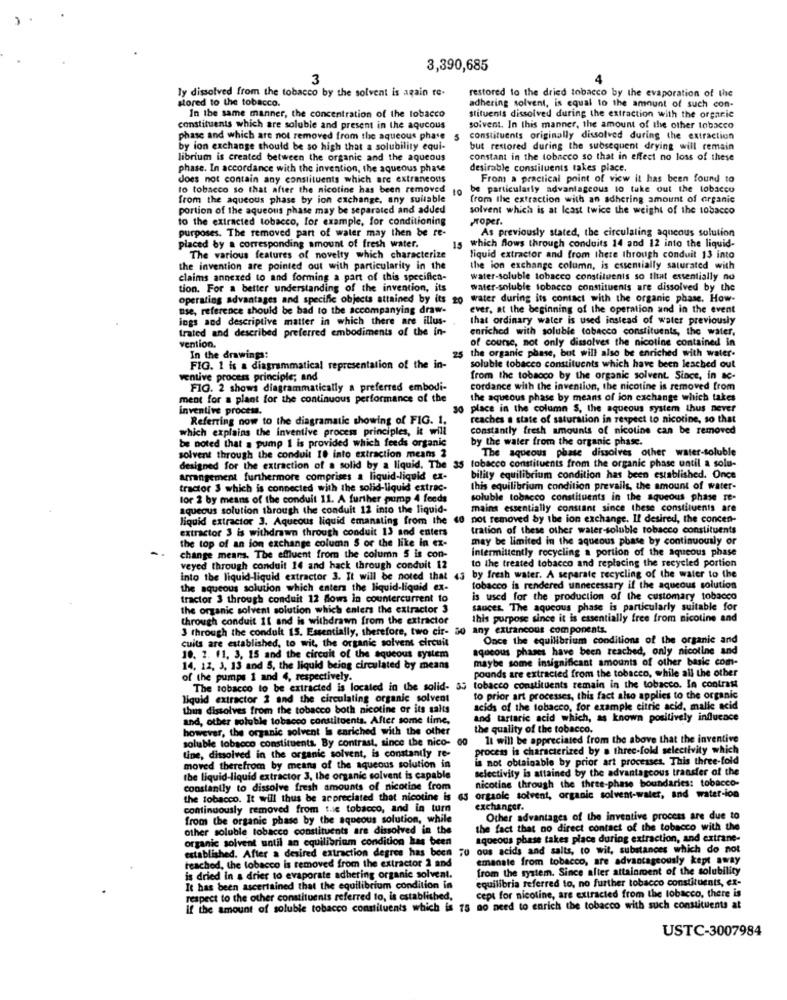
3,390,685
3
ly dissolved from the tobacco by the solvent is again re-
restored to the dried tobacco by the evaporation of the
stored to the tobacco.
adhering solvent, is equal to the amount of such con-
In the same manner, the concentration of the tobacco
stituents dissolved during the extraction with the organic
constituents which are soluble and present in the aqucous
solvent. In this manner, the amount of the other tobacco
phase and which are not removed from the aqueous phase
5
constituents originally dissolved during the extraction
by ion exchange should be so high that a solubility equi-
but restored during the subsequent drying will remain
librium is created between the organic and the aqueous
constant in the tobacco so that in effect no loss of these
phase. In accordance with the invention, the aqueous phase
desirable constituents takes place.
does not contain any constituents which are extraneous
From a practical point of view it has been found to
to tobacco so that after the nicotine has been removed to
be particularly advantageous to take out the tobacco
from the aqueous phase by ion exchange, any suitable
from the extraction with an adhering amount of organic
portion of the aqueous phase may be separated and added
solvent which is at least twice the weight of the tobacco
to the extracted tobacco, for example, for conditioning
Koper.
purposes. The removed part of water may then be re-
As previously stated, the circulaling aqueous solution
placed by a corresponding amount of fresh water.
15 which flows through conduits 14 and 12 into the liquid-
The various features of novelty which characterize
liquid extractor and from there through conduit 13 into
the invention are pointed out with particularity in the
the ion exchange column, is essentially saturated with
claims annexed to and forming a part of this specifies-
water-soluble tobacco constituents so that essentially no
tion. For a better understanding of the invention, its
water-soluble tobacco constituents are dissolved by the
operating advantages and specific objects attained by its 20
water during its contact with the organic phase. How-
nse, reference should be bad to the accompanying draw-
ever, at the beginning of the operation and in the event
ings and descriptive matter in which there are illus-
that ordinary water is used instead of water previously
trated and described preferred embodiments of the in-
enriched with soluble tobacco constituents, the water,
of course, not only dissolves the nicotine contained in
vention.
25
the organic phase, but will also be enriched with water.
In the drawings:
FIG. 1 is a diagrammatical representation of the in-
soluble tobacco constituents which have been leached out
ventive process principle; and
from the tobacco by the organic solvent. Since, in ac-
FIG. 2 shows diagrammatically a preferred embodi-
cordance with the invention, the nicotine is removed from
ment for a plant for the continuous performance of the
the aqueous phase by means of ion exchange which takes
inventive process.
30
place in the column S, the aqueous system thus never
Referring now to the diagramatic showing of FIG. 1.
reaches a state of saturation in respect to nicotine, so that
which explains the inventive process principles, it will
constantly fresh amounts of nicotine can be removed
be noted that a pump 1 is provided which feeds organic
by the water from the organic phase.
The aqueous phase dissolves other water-soluble
solvent through the conduit 10 into extraction means 2
designed for the extraction of a solid by a liquid. The 35
Arrangement furthermore comprises a liquid-liquid ex-
bility equilibrium condition has been established. Once
tractor 3 which is connected with the solid-liquid extrac-
this equilibrium condition prevails, the amount of water-
for 2 by means of the conduit 11. A further pump 4 feeds
soluble tobacco constituents in the aqueous phase re-
aqueous solution through the conduit 12 into the liquid-
mains essentially constant since these constituents are
liquid extractor 3. Aqueous liquid emanating from the
not removed by the ion exchange. If desired, the concen-
extractor 3 is withdrawn through conduit 13 and enters
tration of these other water-soluble tobacco constituents
the top of an ion exchange column S or the like in ex-
may be limited in the aqueous phase by continuously or
Intermittently rocycling a portion of the aqueous phase
change means. The effluent from the column 5 is con-
to the treated tobacco and replacing the recycled portion
veyed through conduit 14 and hack through conduit 12
into the liquid-liquid extractor 3. It will be noted that 43
by fresh water. A separate recycling of the water to the
the aqueous solution which enters the liquid-liquid ex-
tobacco is rendered unnecessary if the aqueous solution
tractor 3 through conduit 12 Blows in countercurrent to
is used for the production of the customary tobacco
the organic solvent solution which enters the extractor 3
sauces. The aqueous phase is particularly suitable for
through conduit 11 and is withdrawn from the extractor
this purpose since it is essentially free from nicotine and
3 through the condult 15. Essentially, therefore, two cir- a0 any extrancous components.
cuits are established, to wit, the organic solvent circuit
Once the equilibrium conditions of the organic and
aqueous phases have been reached, only nicotine and
10. 2. 11. 3. 15 and the circuit of the aqueo
maybe some insignificant amounts of other basic com-
14. 12. 3. 13 and 5, the liquid being circulated by means
pounds are extracted from the tobacco, while all the other
of the pumps 1 and 4, respectively.
The tobacco to be extracted is located in the solid- 55 tobacco constituents remain in the tobacco. In contrast
liquid extractor 2 and the circulating organic solvent
to prior art processes, this fact also applies to the organic
thus dissolves from the tobacco both nicotine or its salts
acids of the tobacco, for example citric acid, malic acid
and, other soluble tobacco constituents. After some time,
and tartaric acid which, as known positively influence
however, the organic solvent la enriched with the other
the quality of the tobacco.
soluble tobacco constituenta. By contrast, since the nico- co It will be appreciated from the above that the inventive
It will be appreciated from the above that the inventive
process is characterized by . three-fold selectivity which
Line, dissolved in the organic solvent, is constantly re-
a not obtainable by prior art processes. This three-fold
moved therefrom by means of the aqueous solution in
selectivity is attained by the advantageous transfer of the
the liquid-liquid extractor 3, the organic solvent is capable
nicotine through the three-phase boundaries: tobacco-
constantly to dissolve fresh amounts of nicotine from
the tobacco. It will thus be arpreciated that nicotine is 6s organic solvent, organic solvent-water, and water-ion
continuously removed from s.se tobacco, and in turn
exchanger.
from the organic phase by the aqueous solution, while
Other advantages of the inventive process are due to
other soluble tobacco constituents are dissolved in the
the fact that no direct contact of the tobacco with the
organic solvent until an equilibrium condition has been
aqueous phase takes place during extraction, and extrane-
established. After a desired extraction degree has been
established. After a desired extraction degres has been ;0 ous acids and salts, to wit, substances which do not
reached, the tobacco is removed from the extractor 2 and
emanate from tobacco, are advantageously kept away
from the system. Since after attainment of the solubility
is dried In a drier to evaporate adhering organic solvent.
equilibria referred to, no further tobacco constituents, ex-
It has been ascertained that the equilibrium condition in
respect to the other constituents referred to, is established,
cept for nicotine, are extracted from the tobacco, there is
if the amount of soluble tobacco constituents which is 75 no need to enrich the tobacco with such constituents at
USTC-3007984